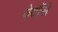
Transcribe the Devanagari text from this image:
वेदौंसे